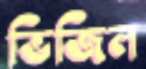
ভিজিল